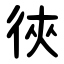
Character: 㣣